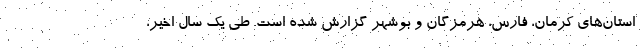
استان‌های کرمان، فارس، هرمزگان و بوشهر گزارش شده است. طی یک سال اخیر،